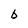
Character: b